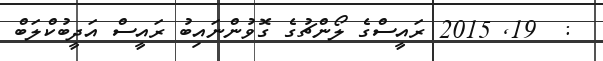
:  19